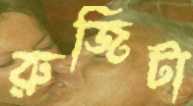
রুজিটা